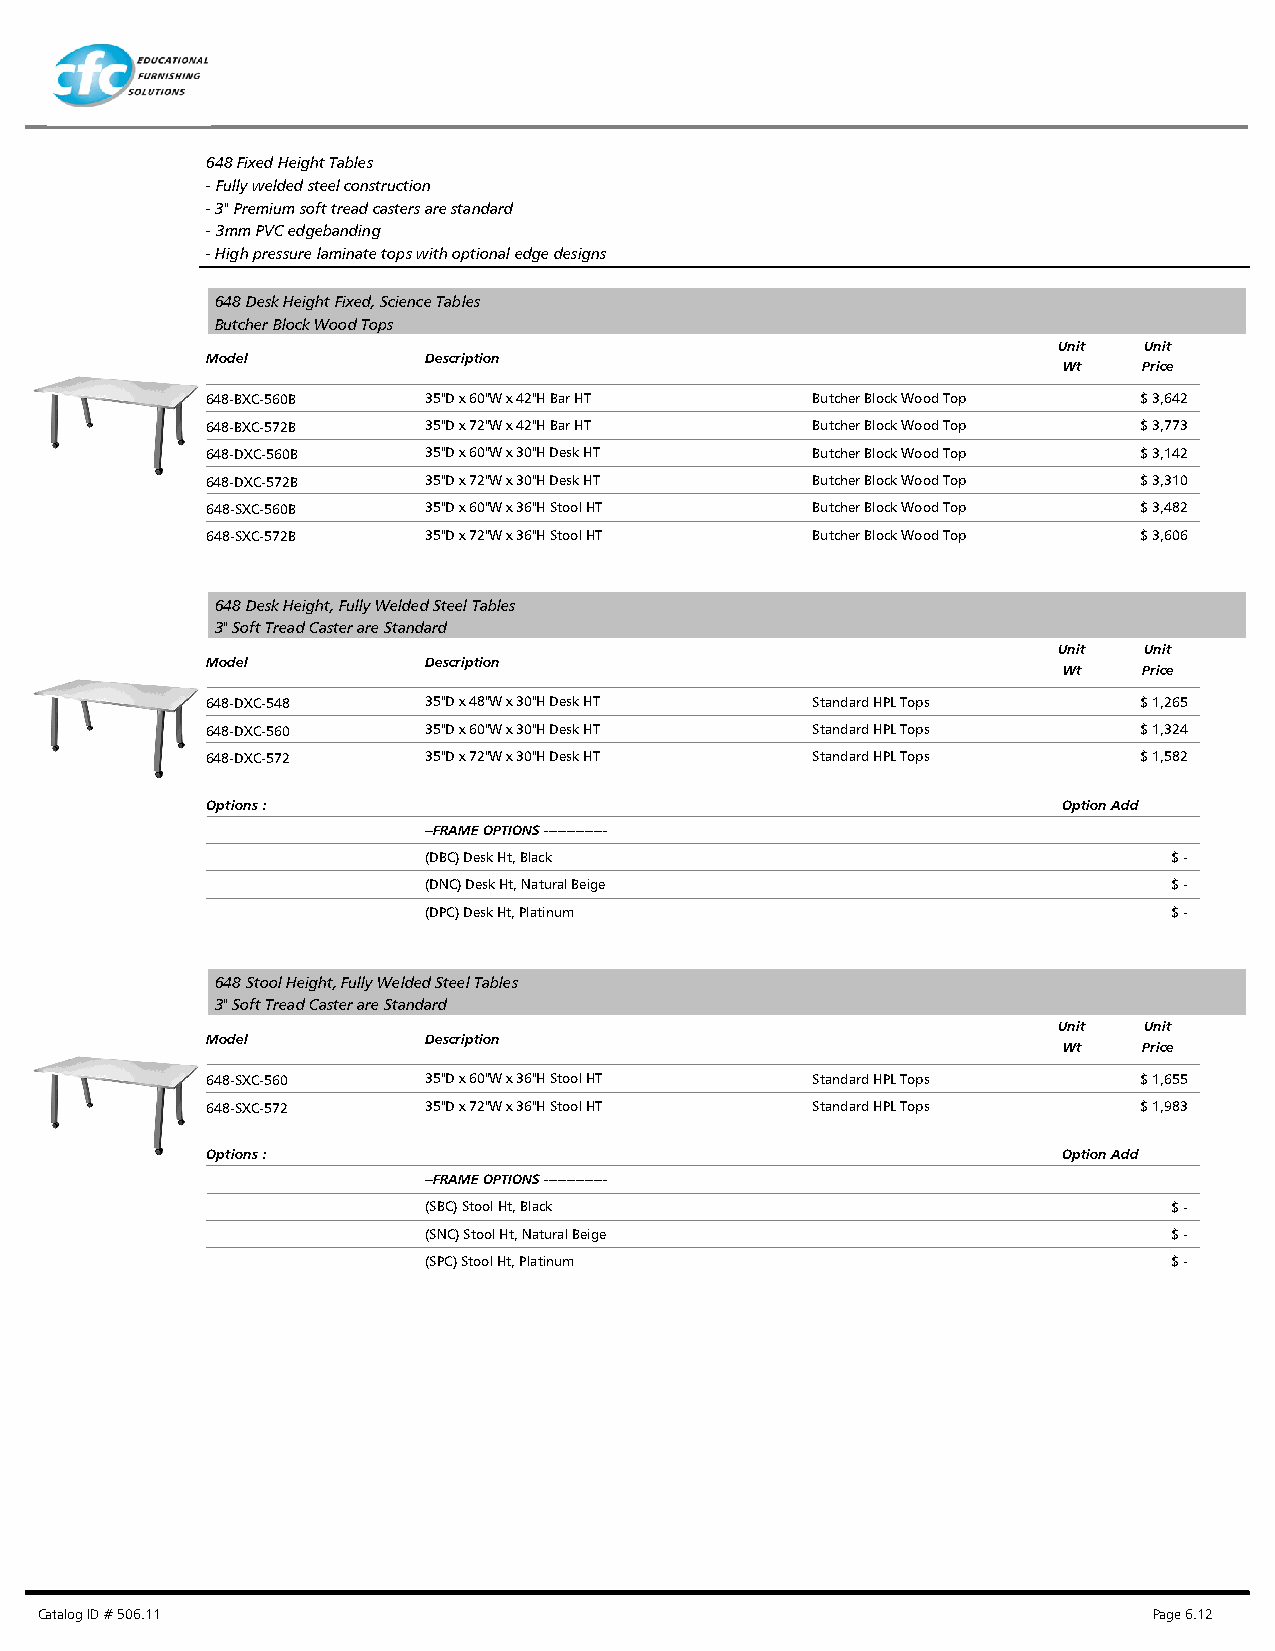
648 Fixed Height Tables
 - Fully welded steel construction
 - 3" Premium soft tread casters are standard
 - 3mm PVC edgebanding
 - High pressure laminate tops with optional edge designs
 648 Desk Height Fixed, Science Tables
 Butcher Block Wood Tops
 Unit  Unit
 Model         Description
 Wt    Price
 648-BXC-560B  35"D x 60"W x 42"H Bar HT Butcher Block Wood Top $ 3,642
 648-BXC-572B  35"D x 72"W x 42"H Bar HT Butcher Block Wood Top $ 3,773
 648-DXC-560B  35"D x 60"W x 30"H Desk HT Butcher Block Wood Top $ 3,142
 648-DXC-572B  35"D x 72"W x 30"H Desk HT Butcher Block Wood Top $ 3,310
 648-SXC-560B  35"D x 60"W x 36"H Stool HT Butcher Block Wood Top $ 3,482
 648-SXC-572B  35"D x 72"W x 36"H Stool HT Butcher Block Wood Top $ 3,606
 648 Desk Height, Fully Welded Steel Tables
 3" Soft Tread Caster are Standard
 Unit  Unit
 Model         Description
 Wt    Price
 648-DXC-548   35"D x 48"W x 30"H Desk HT Standard HPL Tops   $ 1,265
 648-DXC-560   35"D x 60"W x 30"H Desk HT Standard HPL Tops   $ 1,324
 648-DXC-572   35"D x 72"W x 30"H Desk HT Standard HPL Tops   $ 1,582
 Options :                                               Option Add
 --FRAME OPTIONS --------------
 (DBC) Desk Ht, Black                              $ -
 (DNC) Desk Ht, Natural Beige                      $ -
 (DPC) Desk Ht, Platinum                           $ -
 648 Stool Height, Fully Welded Steel Tables
 3" Soft Tread Caster are Standard
 Unit  Unit
 Model         Description
 Wt    Price
 648-SXC-560   35"D x 60"W x 36"H Stool HT Standard HPL Tops  $ 1,655
 648-SXC-572   35"D x 72"W x 36"H Stool HT Standard HPL Tops  $ 1,983
 Options :                                               Option Add
 --FRAME OPTIONS --------------
 (SBC) Stool Ht, Black                             $ -
 (SNC) Stool Ht, Natural Beige                     $ -
 (SPC) Stool Ht, Platinum                          $ -
 Catalog ID # 506.11                                                       Page 6.12